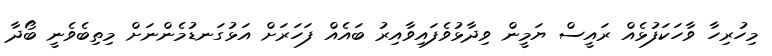
މިހުރިހާ ވާހަކަފުޅެއް ރައީސް ޔަމީން ވިދާޅުވެފައިވާއިރު ބައެއް ފަހަރަށް އަޅުގަނޑުމެންނަށް މިތިބެވެނީ ބޯދާ